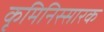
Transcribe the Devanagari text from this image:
कृमिनिस्सारक